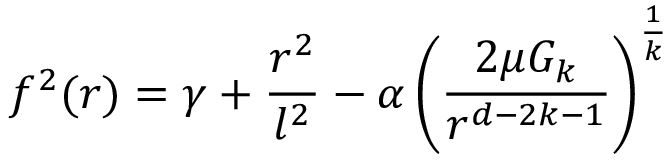
f ^ { 2 } ( r ) = \gamma + \frac { r ^ { 2 } } { l ^ { 2 } } - \alpha \left( \frac { 2 \mu G _ { k } } { r ^ { d - 2 k - 1 } } \right) ^ { \frac { 1 } { k } }